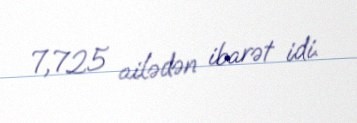
7,725 ailədən ibarət idi.